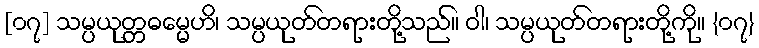
[၀၇] သမ္ပယုတ္တဓမ္မေဟိ၊ သမ္ပယုတ်တရားတို့သည်။ ဝါ၊ သမ္ပယုတ်တရားတို့ကို။ {၀၇}